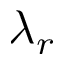
\lambda _ { r }